Vaccination report Assam 1874-1896 - 1874-1896
Year: 1874
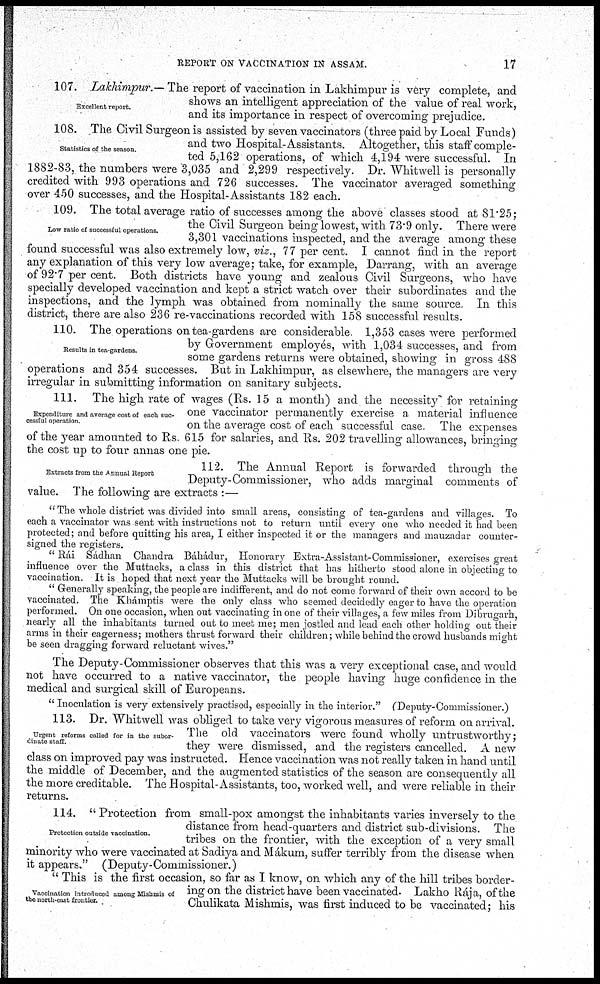
REPORT ON VACCINATION IN ASSAM.
17
Excellent report.
107. Lakhimpur.— The report of vaccination in Lakhimpur is very complete, and
shows an intelligent appreciation of the value of real work,
and its importance in respect of overcoming prejudice.
Statistics of the season.
108. The Civil Surgeon is assisted by seven vaccinators (three paid by Local Funds)
and two Hospital-Assistants. Altogether, this staff comple-
ted 5,162 operations, of which 4,194 were successful. In
1882-83, the numbers were 3,035 and 2,299 respectively. Dr. Whitwell is personally
credited with 993 operations and 726 successes. The vaccinator averaged something
over 450 successes, and the Hospital-Assistants 182 each.
Low ratio of successful operations.
109. The total average ratio of successes among the above classes stood at 81.25;
the Civil Surgeon being lowest, with 73.9 only. There were
3,301 vaccinations inspected, and the average among these
found successful was also extremely low, viz., 77 per cent. I cannot find in the report
any explanation of this very low average; take, for example, Darrang, with an average
of 92.7 per cent. Both districts have young and zealous Civil Surgeons, who have
specially developed vaccination and kept a strict watch over their subordinates and the
inspections, and the lymph was obtained from nominally the same source. In this
district, there are also 236 re-vaccinations recorded with 158 successful results.
Results in tea-gardens.
110. The operations on tea-gardens are considerable 1,353 cases were performed
by Government employés, with 1,034 successes, and from
some gardens returns were obtained, showing in gross 488
operations and 354 successes. But in Lakhimpur, as elsewhere, the managers are very
irregular in submitting information on sanitary subjects.
Expenditure and average cost of each suc-
cessful operation
111. The high rate of wages (Rs. 15 a month) and the necessity for retaining
one vaccinator permanently exercise a material influence
on the average cost of each successful case. The expenses
of the year amounted to Rs. 615 for salaries, and Rs. 202 travelling allowances, bringing
the cost up to four annas one pie.
Extracts from the Annual Report
112. The Annual Report is forwarded through the
Deputy-Commissioner, who adds marginal comments of
value. The following are extracts :—
" The whole district was divided into small areas, consisting of tea-gardens and villages. To
each a vaccinator was sent with instructions not to return until every one who needed it had been
protected; and before quitting his area, I either inspected it or the managers and mauzadar counter-
signed the registers.
" Rái Sádhan Chandra Báhádur, Honorary Extra-Assistant-Commissioner, exercises great
influence over the Muttacks, a class in this district that has hitherto stood alone in objecting to
vaccination. It is hoped that next year the Muttacks will be brought round.
" Generally speaking, the people are indifferent, and do not come forward of their own accord to be
vaccinated. The Khámptis were the only class who seemed decidedly eager to have the operation
performed. On one occasion, when out vaccinating in one of their villages, a few miles from Dibrugarh,
nearly all the inhabitants turned out to meet me; men jostled and lead each other holding out their
arms in their eagerness; mothers thrust forward their children; while behind the crowd husbands might
be seen dragging forward reluctant wives."
The Deputy-Commissioner observes that this was a very exceptional case, and would
not have occurred to a native vaccinator, the people having huge confidence in the
medical and surgical skill of Europeans.
" Inoculation is very extensively practised, especially in the interior." (Deputy-Commissioner.)
Urgent reforms called for in the subor-
dinate staff.
113. Dr. Whitwell was obliged to take very vigorous measures of reform on arrival.
The old vaccinators were found wholly untrustworthy;
they were dismissed, and the registers cancelled. A new
class on improved pay was instructed. Hence vaccination was not really taken in hand until
the middle of December, and the augmented statistics of the season are consequently all
the more creditable. The Hospital-Assistants, too, worked well, and were reliable in their
returns.
Protection outside vaccination.
114. " Protection from small-pox amongst the inhabitants varies inversely to the
distance from head-quarters and district sub-divisions. The
tribes on the frontier, with the exception of a very small
minority who were vaccinated at Sadiya and Mákum, suffer terribly from the disease when
it appears." (Deputy-Commissioner.)
Vaccination introduced among Mishmis of
the north-east frontier.
" This is the first occasion, so far as I know, on which any of the hill tribes border-
ing on the district have been vaccinated. Lakho Rája, of the
Chulikata Mishmis, was first induced to be vaccinated; his